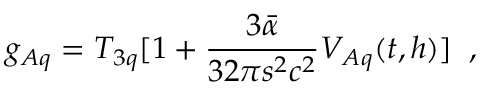
g _ { A q } = T _ { 3 q } [ 1 + \frac { 3 \bar { \alpha } } { 3 2 \pi s ^ { 2 } c ^ { 2 } } V _ { A q } ( t , h ) ] \; \; ,